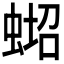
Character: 𱿪